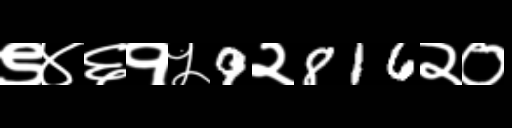
Text: ९४६१५9२816२०